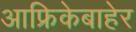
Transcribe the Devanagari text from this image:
आफ्रिकेबाहेर